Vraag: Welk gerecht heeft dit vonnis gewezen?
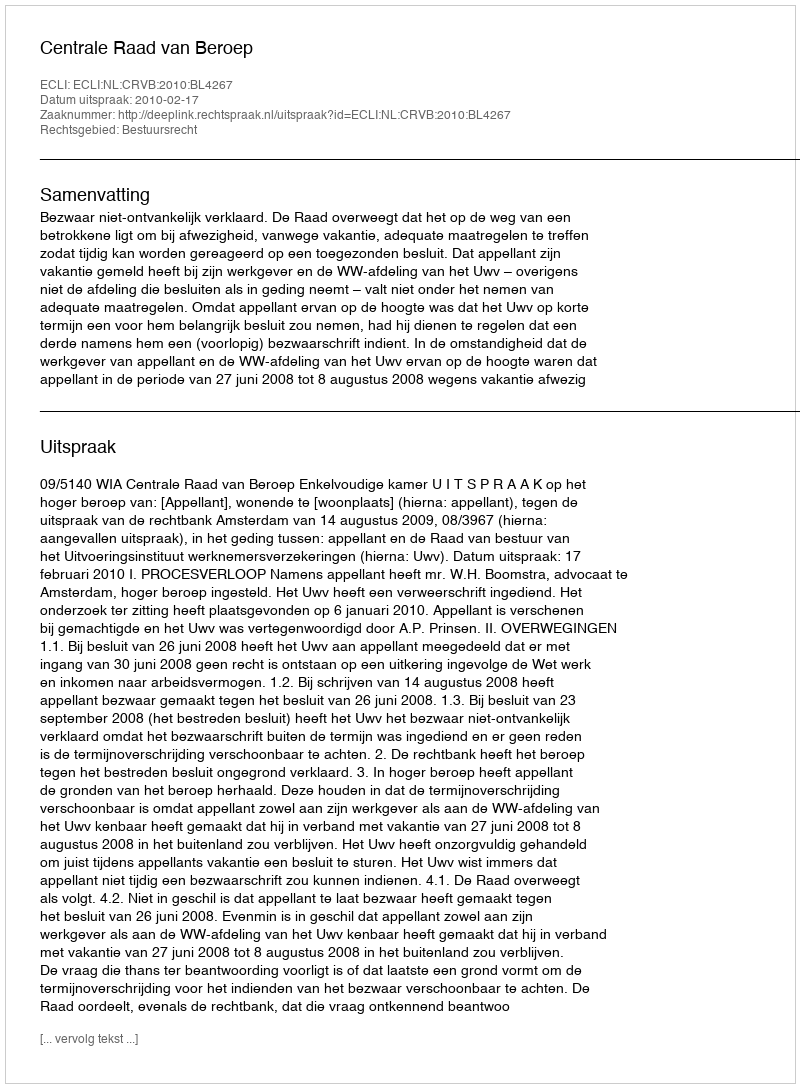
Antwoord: Centrale Raad van Beroep